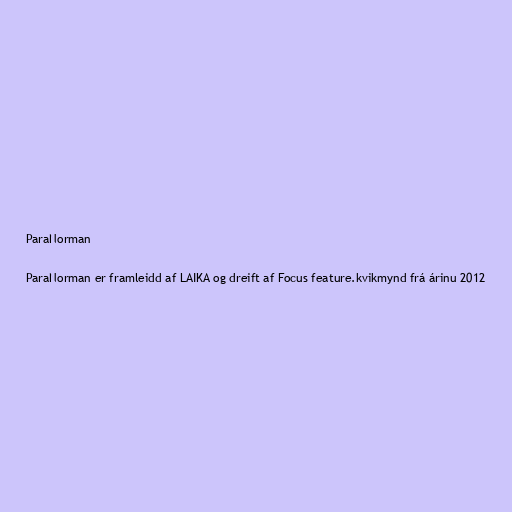
ParaNorman

ParaNorman er framleidd af LAIKA og dreift af Focus feature.kvikmynd frá árinu 2012